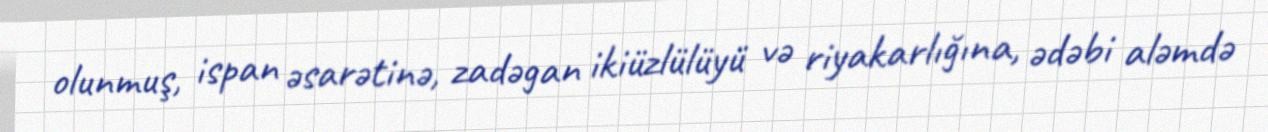
olunmuş, ispan əsarətinə, zadəgan ikiüzlülüyü və riyakarlığına, ədəbi aləmdə